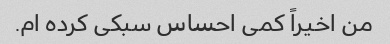
من اخیراً کمی احساس سبکی کرده ام.